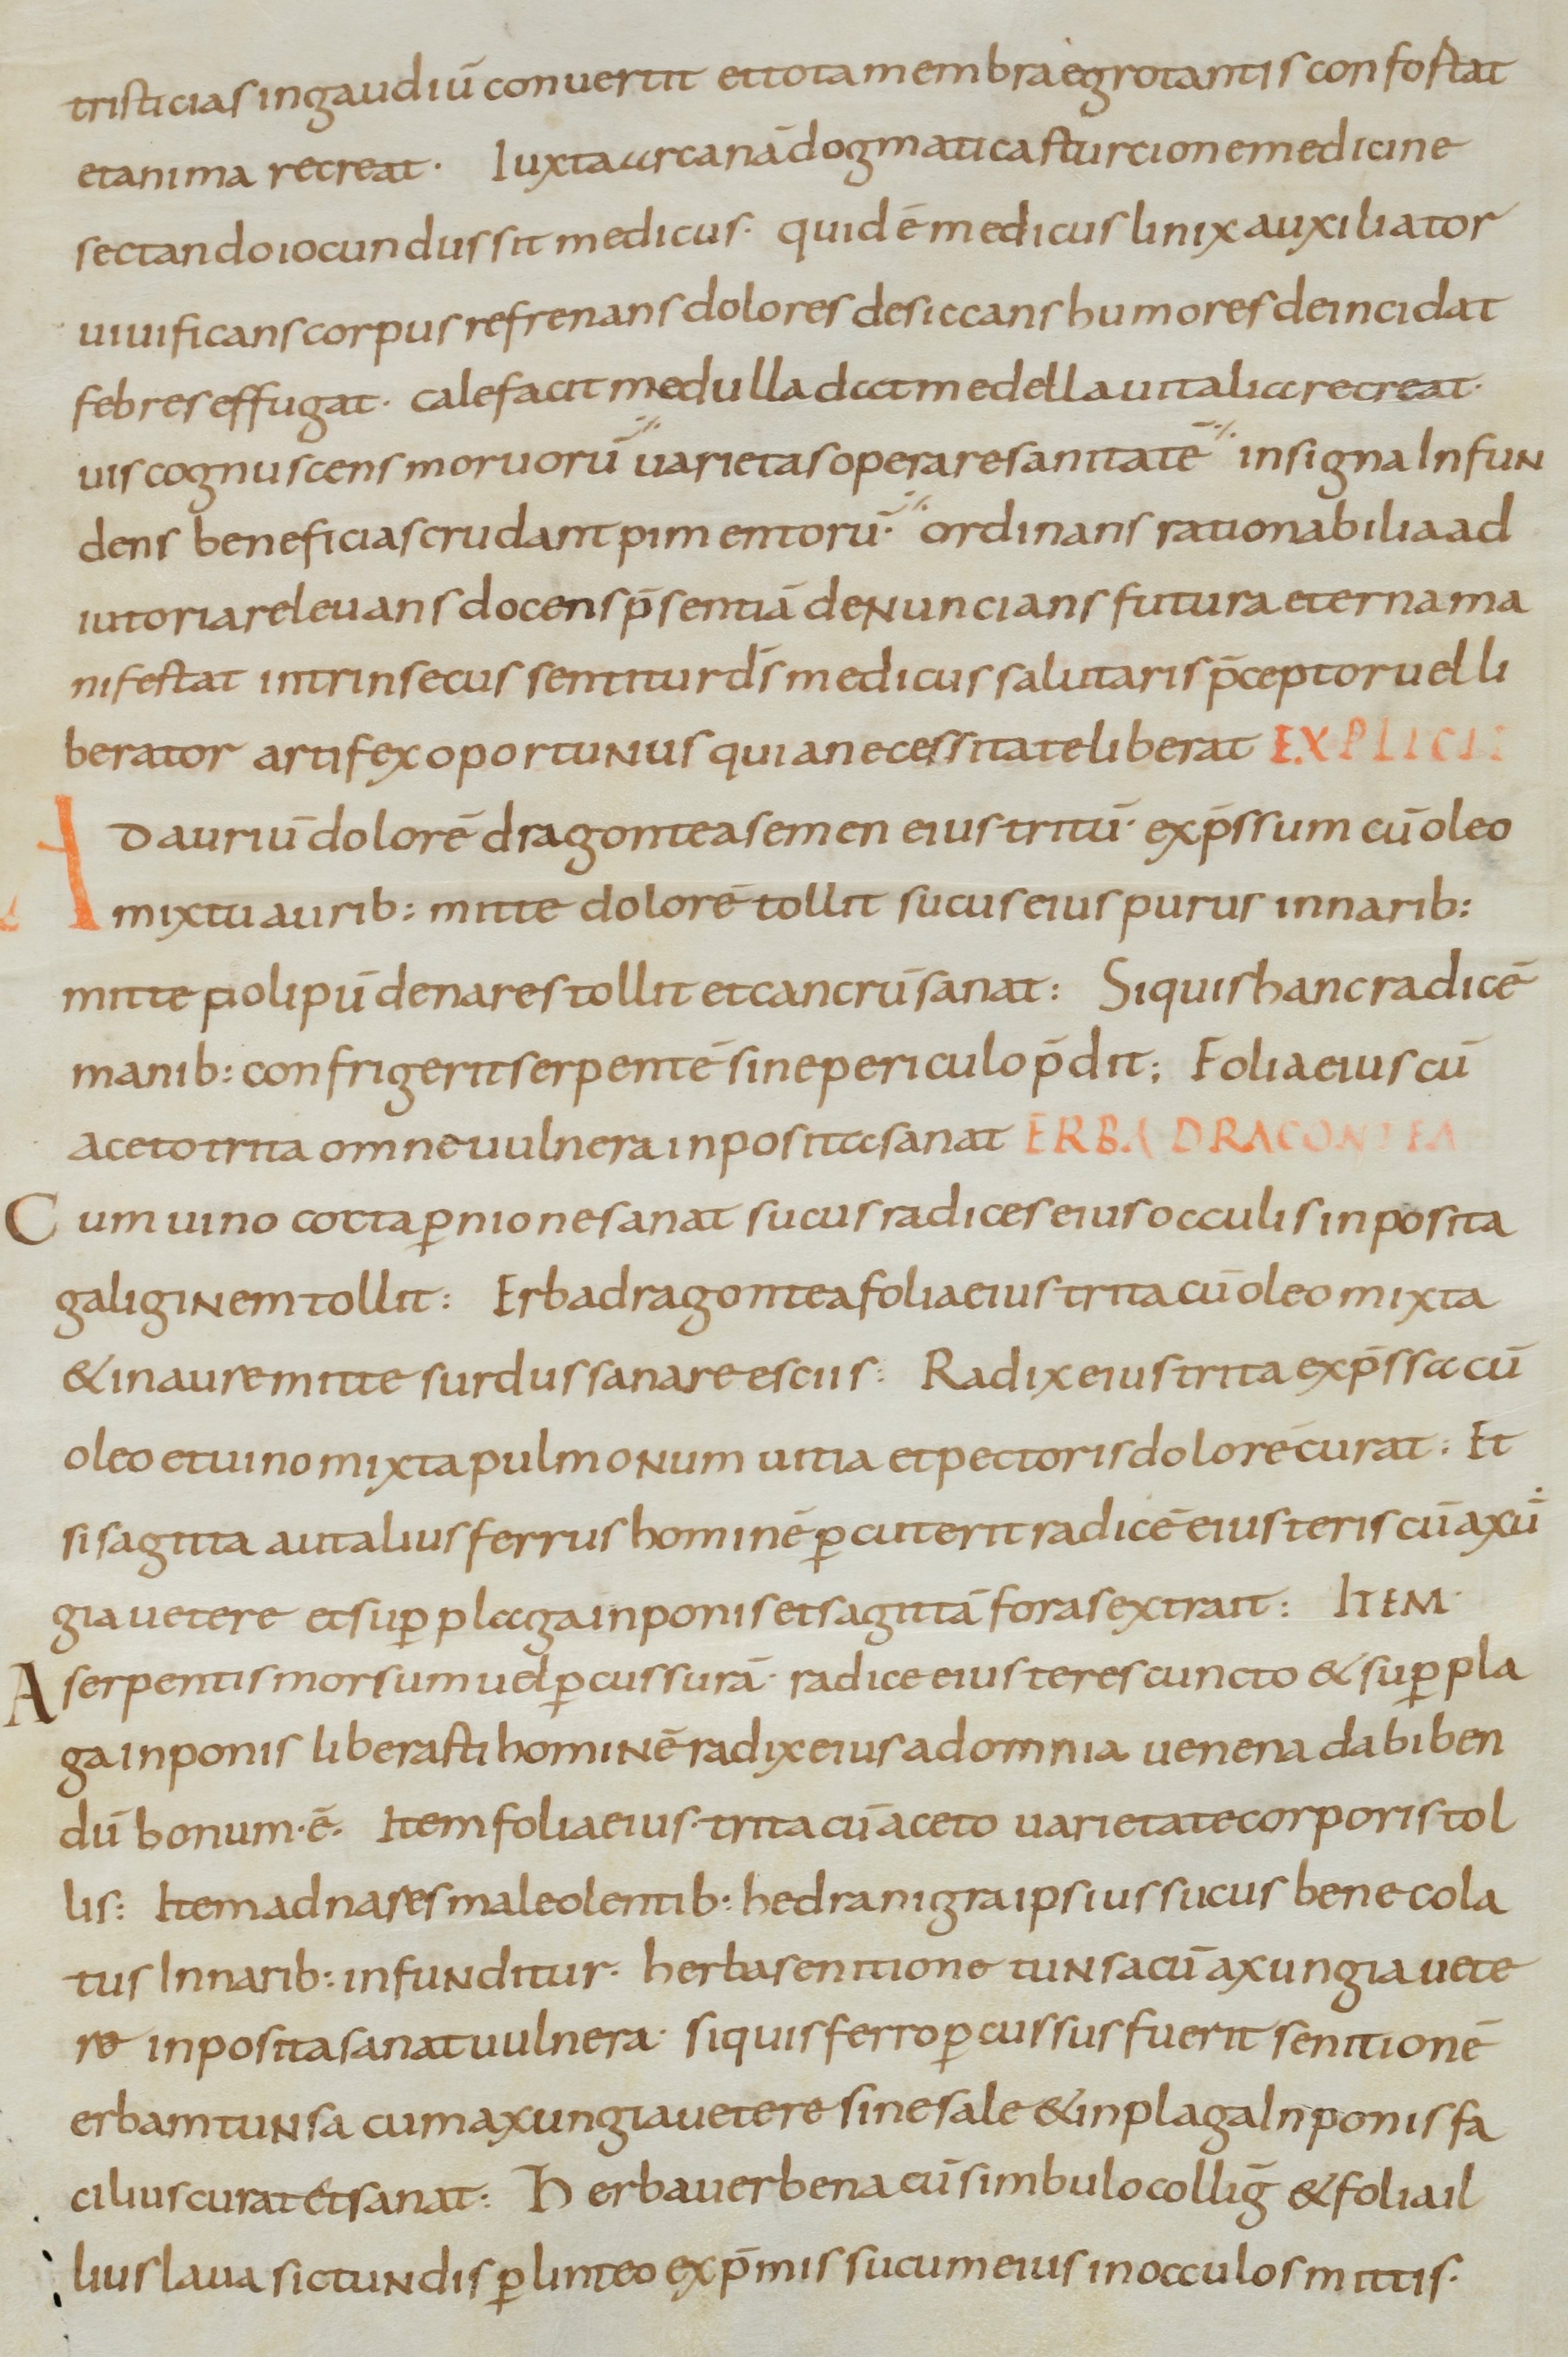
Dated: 800–899